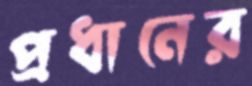
প্রধানের